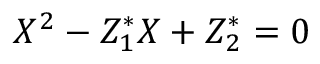
X ^ { 2 } - Z _ { 1 } ^ { * } X + Z _ { 2 } ^ { * } = 0